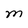
Character: M